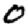
Digit: 0